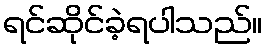
ရင်ဆိုင်ခဲ့ရပါသည်။